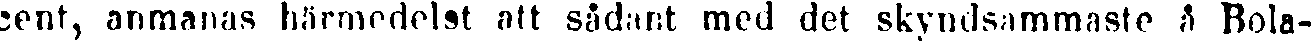
cent, anmanas härmedelst att sådant med det skyndsammaste å Bola-